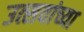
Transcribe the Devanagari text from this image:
उत्सवांच्या